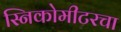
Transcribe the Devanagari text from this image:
स्निकोमीटरचा